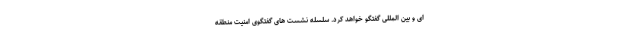
ای و بین المللی گفتگو خواهد کرد. سلسله نشست های گفتگوی امنیت منطقه